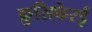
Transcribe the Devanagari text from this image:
क्रुसिफेरई